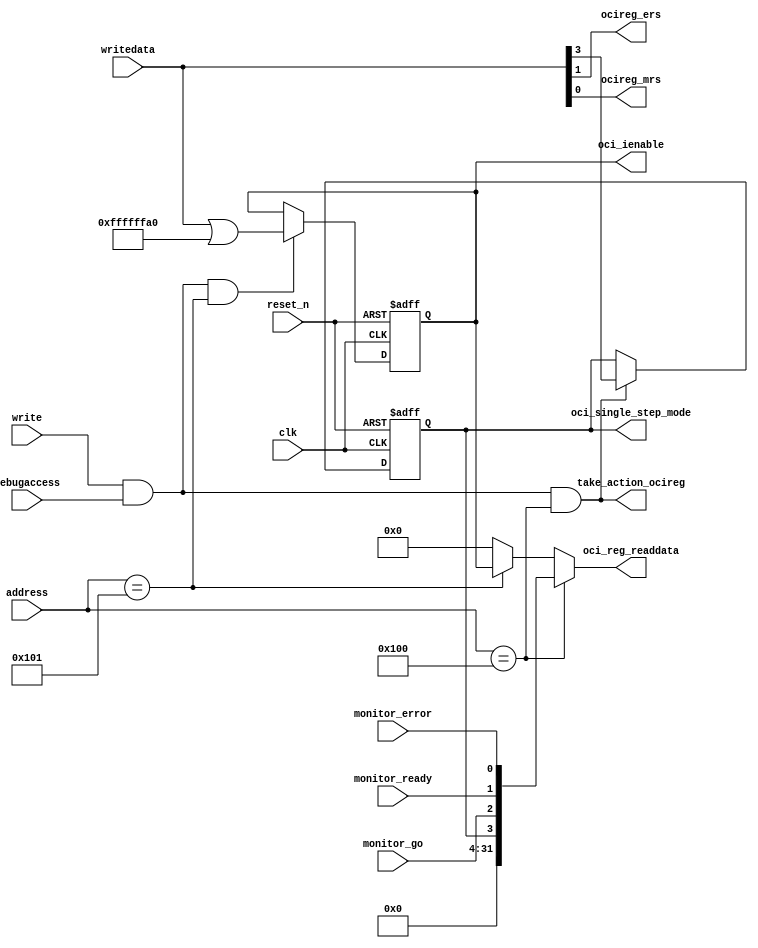
module nios_dut_nios2_gen2_0_cpu_nios2_avalon_reg (
                                                     address,
                                                     clk,
                                                     debugaccess,
                                                     monitor_error,
                                                     monitor_go,
                                                     monitor_ready,
                                                     reset_n,
                                                     write,
                                                     writedata,
                                                     oci_ienable,
                                                     oci_reg_readdata,
                                                     oci_single_step_mode,
                                                     ocireg_ers,
                                                     ocireg_mrs,
                                                     take_action_ocireg
                                                  )
;
  output  [ 31: 0] oci_ienable;
  output  [ 31: 0] oci_reg_readdata;
  output           oci_single_step_mode;
  output           ocireg_ers;
  output           ocireg_mrs;
  output           take_action_ocireg;
  input   [  8: 0] address;
  input            clk;
  input            debugaccess;
  input            monitor_error;
  input            monitor_go;
  input            monitor_ready;
  input            reset_n;
  input            write;
  input   [ 31: 0] writedata;
  reg     [ 31: 0] oci_ienable;
  wire             oci_reg_00_addressed;
  wire             oci_reg_01_addressed;
  wire    [ 31: 0] oci_reg_readdata;
  reg              oci_single_step_mode;
  wire             ocireg_ers;
  wire             ocireg_mrs;
  wire             ocireg_sstep;
  wire             take_action_oci_intr_mask_reg;
  wire             take_action_ocireg;
  wire             write_strobe;
  assign oci_reg_00_addressed = address == 9'h100;
  assign oci_reg_01_addressed = address == 9'h101;
  assign write_strobe = write & debugaccess;
  assign take_action_ocireg = write_strobe & oci_reg_00_addressed;
  assign take_action_oci_intr_mask_reg = write_strobe & oci_reg_01_addressed;
  assign ocireg_ers = writedata[1];
  assign ocireg_mrs = writedata[0];
  assign ocireg_sstep = writedata[3];
  assign oci_reg_readdata = oci_reg_00_addressed ? {28'b0, oci_single_step_mode, monitor_go,
    monitor_ready, monitor_error} : 
    oci_reg_01_addressed ?  oci_ienable :   
    32'b0;
  always @(posedge clk or negedge reset_n)
    begin
      if (reset_n == 0)
          oci_single_step_mode <= 1'b0;
      else if (take_action_ocireg)
          oci_single_step_mode <= ocireg_sstep;
    end
  always @(posedge clk or negedge reset_n)
    begin
      if (reset_n == 0)
          oci_ienable <= 32'b00000000000000000000000001011111;
      else if (take_action_oci_intr_mask_reg)
          oci_ienable <= writedata | ~(32'b00000000000000000000000001011111);
    end
endmodule